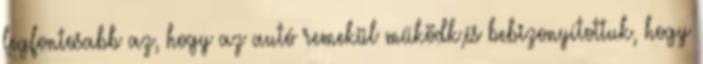
legfontosabb az, hogy az autó remekül működk,és bebizonyítottuk, hogy